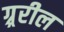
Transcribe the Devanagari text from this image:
ग्र्ररील